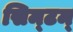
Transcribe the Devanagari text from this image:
सिम्टम्